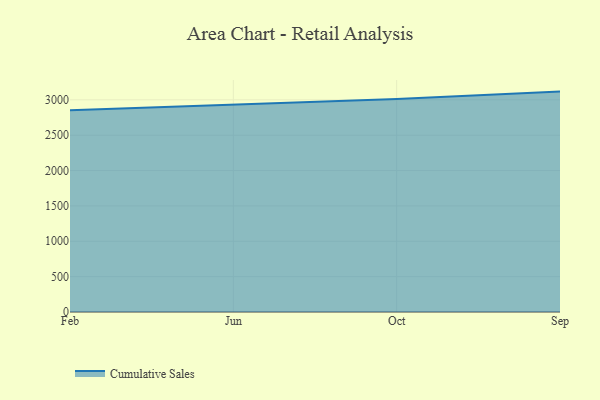
{"axis": {"x": "Month", "y": "Gross Profit (USD K)"}, "legend": ["Cumulative Sales"], "data": [{"x": "Feb", "y": 2853.1, "type": "Cumulative Sales"}, {"x": "Jun", "y": 2932.1, "type": "Cumulative Sales"}, {"x": "Oct", "y": 3012.6, "type": "Cumulative Sales"}, {"x": "Sep", "y": 3116.4, "type": "Cumulative Sales"}]}